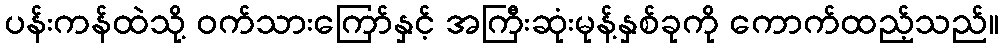
ပန်းကန်ထဲသို့ ဝက်သားကြော်နှင့် အကြီးဆုံးမုန့်နှစ်ခုကို ကောက်ထည့်သည်။